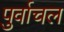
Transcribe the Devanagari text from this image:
पुर्वाचल